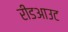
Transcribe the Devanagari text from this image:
रीडआउट